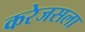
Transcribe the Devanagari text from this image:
करेजसला